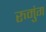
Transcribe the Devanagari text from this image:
रुमुंग